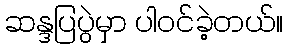
ဆန္ဒပြပွဲမှာ ပါဝင်ခဲ့တယ်။